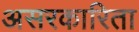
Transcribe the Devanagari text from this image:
असरकारिता